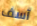
آسف